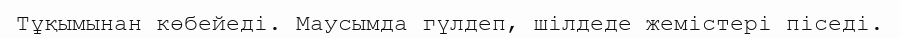
Тұқымынан көбейеді. Маусымда гүлдеп, шілдеде жемістері піседі.